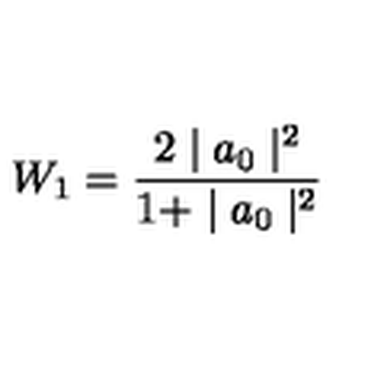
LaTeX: W _ { 1 } = \frac { 2 \mid a _ { 0 } \mid ^ { 2 } } { 1 + \mid a _ { 0 } \mid ^ { 2 } }